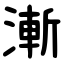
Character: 漸